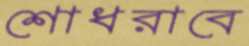
শোধরাবে